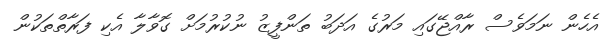
އެހެން ނަމަވެސް ރާއްޖޭގައި މަރުގެ އަދަބު ތަންފީޒު ނުކުރުމަށް ގޮވާލާ އެކި ފަރާތްތަކުން